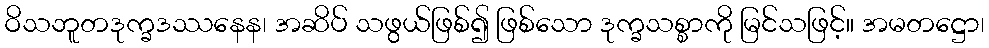
ဝိသဘူတဒုက္ခဒဿနေန၊ အဆိပ် သဖွယ်ဖြစ်၍ ဖြစ်သော ဒုက္ခသစ္စာကို မြင်သဖြင့်။ အမတဋ္ဌော၊